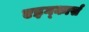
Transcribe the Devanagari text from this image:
एइग्कार्स